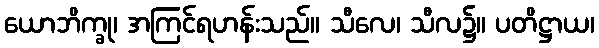
ယောဘိက္ခု၊ အကြင်ရဟန်းသည်။ သီလေ၊ သီလ၌။ ပတိဋ္ဌာယ၊